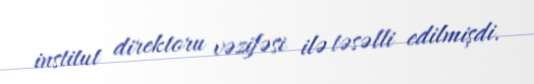
institut direktoru vəzifəsi ilə təsəlli edilmişdi.